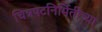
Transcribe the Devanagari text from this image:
चित्रपटनिर्मितीच्या